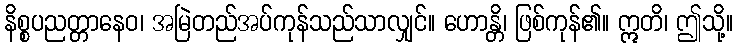
နိစ္စပညတ္တာနေဝ၊ အမြဲတည်အပ်ကုန်သည်သာလျှင်။ ဟောန္တိ၊ ဖြစ်ကုန်၏။ ဣတိ၊ ဤသို့။